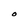
Character: O